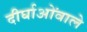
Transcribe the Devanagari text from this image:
दीर्घाओंवाले